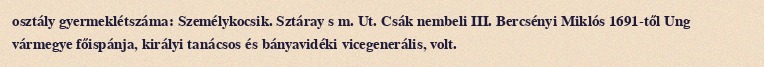
osztály gyermeklétszáma: Személykocsik. Sztáray s m. Ut. Csák nembeli III. Bercsényi Miklós 1691-től Ung vármegye főispánja, királyi tanácsos és bányavidéki vicegenerális, volt.